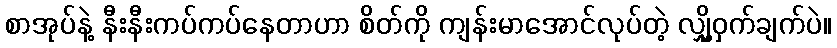
စာအုပ်နဲ့ နီးနီးကပ်ကပ်နေတာဟာ စိတ်ကို ကျန်းမာအောင်လုပ်တဲ့ လျှို့ဝှက်ချက်ပဲ။